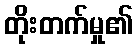
တိုးတက်မှု၏